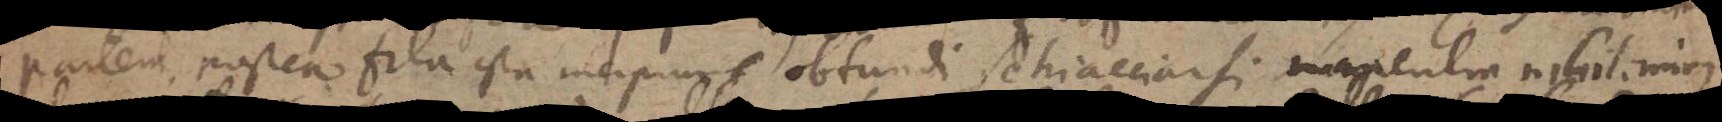
partem postea fila ista incipiunt obtundi schiacciarsi manentia nihilominus